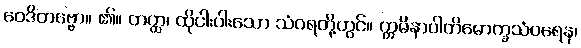
ဝေဒိတဗ္ဗော။ ၏။ တတ္ထ၊ ထိုငါးပါးသော သံဝရတို့တွင်။ ဣမိနာပါတိမောက္ခသံဝရေန၊